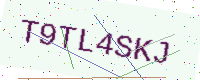
Text: T9TL4SKJ